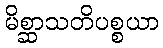
မိစ္ဆာသတိပစ္စယာ